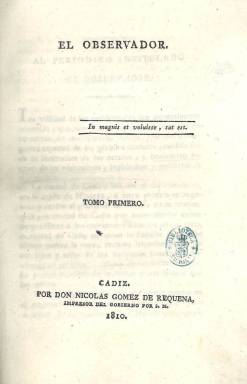
Título: El Observador (Cádiz)
Colección: Periódicos anteriores a 1850
Ámbito geográfico: Cádiz
Lugar de publicación: Cádiz
Fechas: 01/01/1810-28/09/1810